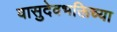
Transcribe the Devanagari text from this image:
वासुदेवभक्तिच्या